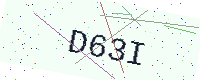
Text: D63I